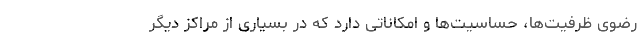
رضوی ظرفیت‌ها، حساسیت‌ها و امکاناتی دارد که در بسیاری از مراکز دیگر